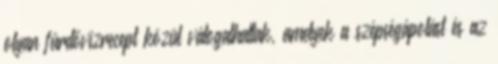
olyan fürdővízrecept közül válogathattak, amelyek a szépségápolást és az